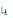
يا